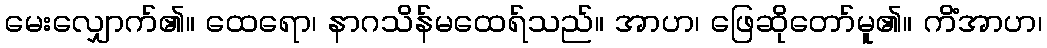
မေးလျှောက်၏။ ထေရော၊ နာဂသိန်မထေရ်သည်။ အာဟ၊ ဖြေဆိုတော်မူ၏။ ကိံအာဟ၊